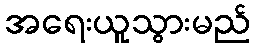
အရေးယူသွားမည်